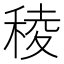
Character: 稜